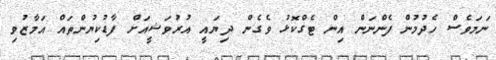
ނަމަވެސް ހެދުމުން ފެންނަން އިން ޓެގްކޮޅު ވެގެން ދިޔައީ އުރުވަޝީއަށް ފާޑުކިޔުންތައް އަމާޒުވި